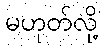
မဟုတ်လို့